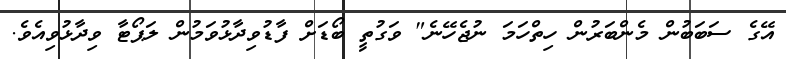
އޭގެ ސަބަބުން މެންބަރުން ހިތްހަމަ ނުޖެހޭނެ" ވަގުތީ ބޯޑަށް ފާޑުވިދާޅުވަމުން ލަޕޯޓާ ވިދާޅުވިއެވެ.